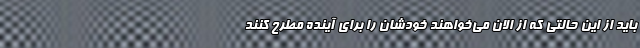
باید از این حالتی که از الان می‌خواهند خودشان را برای آینده مطرح کنند